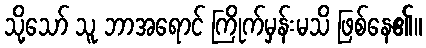
သို့သော် သူ ဘာအရောင် ကြိုက်မှန်းမသိ ဖြစ်နေ၏။